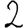
Digit: 2